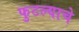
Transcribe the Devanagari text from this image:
फुटल्याचे